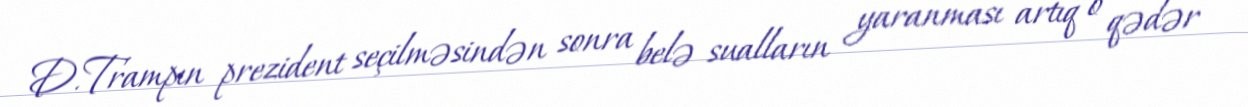
D.Trampın prezident seçilməsindən sonra belə sualların yaranması artıq o qədər